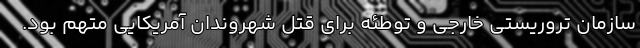
سازمان تروریستی خارجی و توطئه برای قتل شهروندان آمریکایی متهم بود.